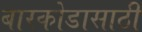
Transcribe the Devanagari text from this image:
बारकोडासाठी